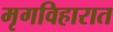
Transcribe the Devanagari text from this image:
मृगविहारात